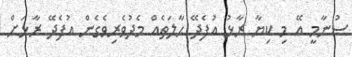
ސުނާމީ އޭ މި ކިޔާ ރާޅު އުފެދޭ ޙާލަތެއް މެދުވެރިވެގެން އުފެދޭ ރާޅަށް